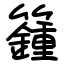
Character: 籦